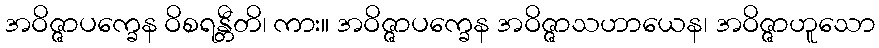
အဝိဇ္ဇာပက္ခေန ဝိစရန္တီတိ၊ ကား။ အဝိဇ္ဇာပက္ခေန အဝိဇ္ဇာသဟာယေန၊ အဝိဇ္ဇာဟူသော